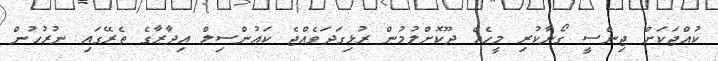
ކުއްޖަކަށް ޖިންސީ ގޯނާކުރި މީހެއް ދޫކޮށްލުމުން ރުޅިގަދަވެއްޖެ ކައުންސިލް އިދާރާގެ ތެރޭގައި ނުރުހުން